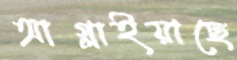
আগ্‌লাইয়াছে